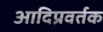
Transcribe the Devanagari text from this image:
आदिप्रवर्तक